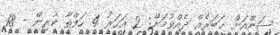
ސަންއަށް ޚަބަރެއް ދެއްވުމަށް: 2 އަހަރު 4 ހަފްތާ ކުރިން - 18